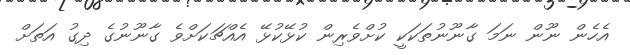
އެހެން ނޫން ނަމަ ގާނޫނުތަކަކީ ކުށްވެރިން ކުޅޭކުޅޭ އެއްޗަކަށްވެ ގާނޫނުގެ ދިގު އަތަށް